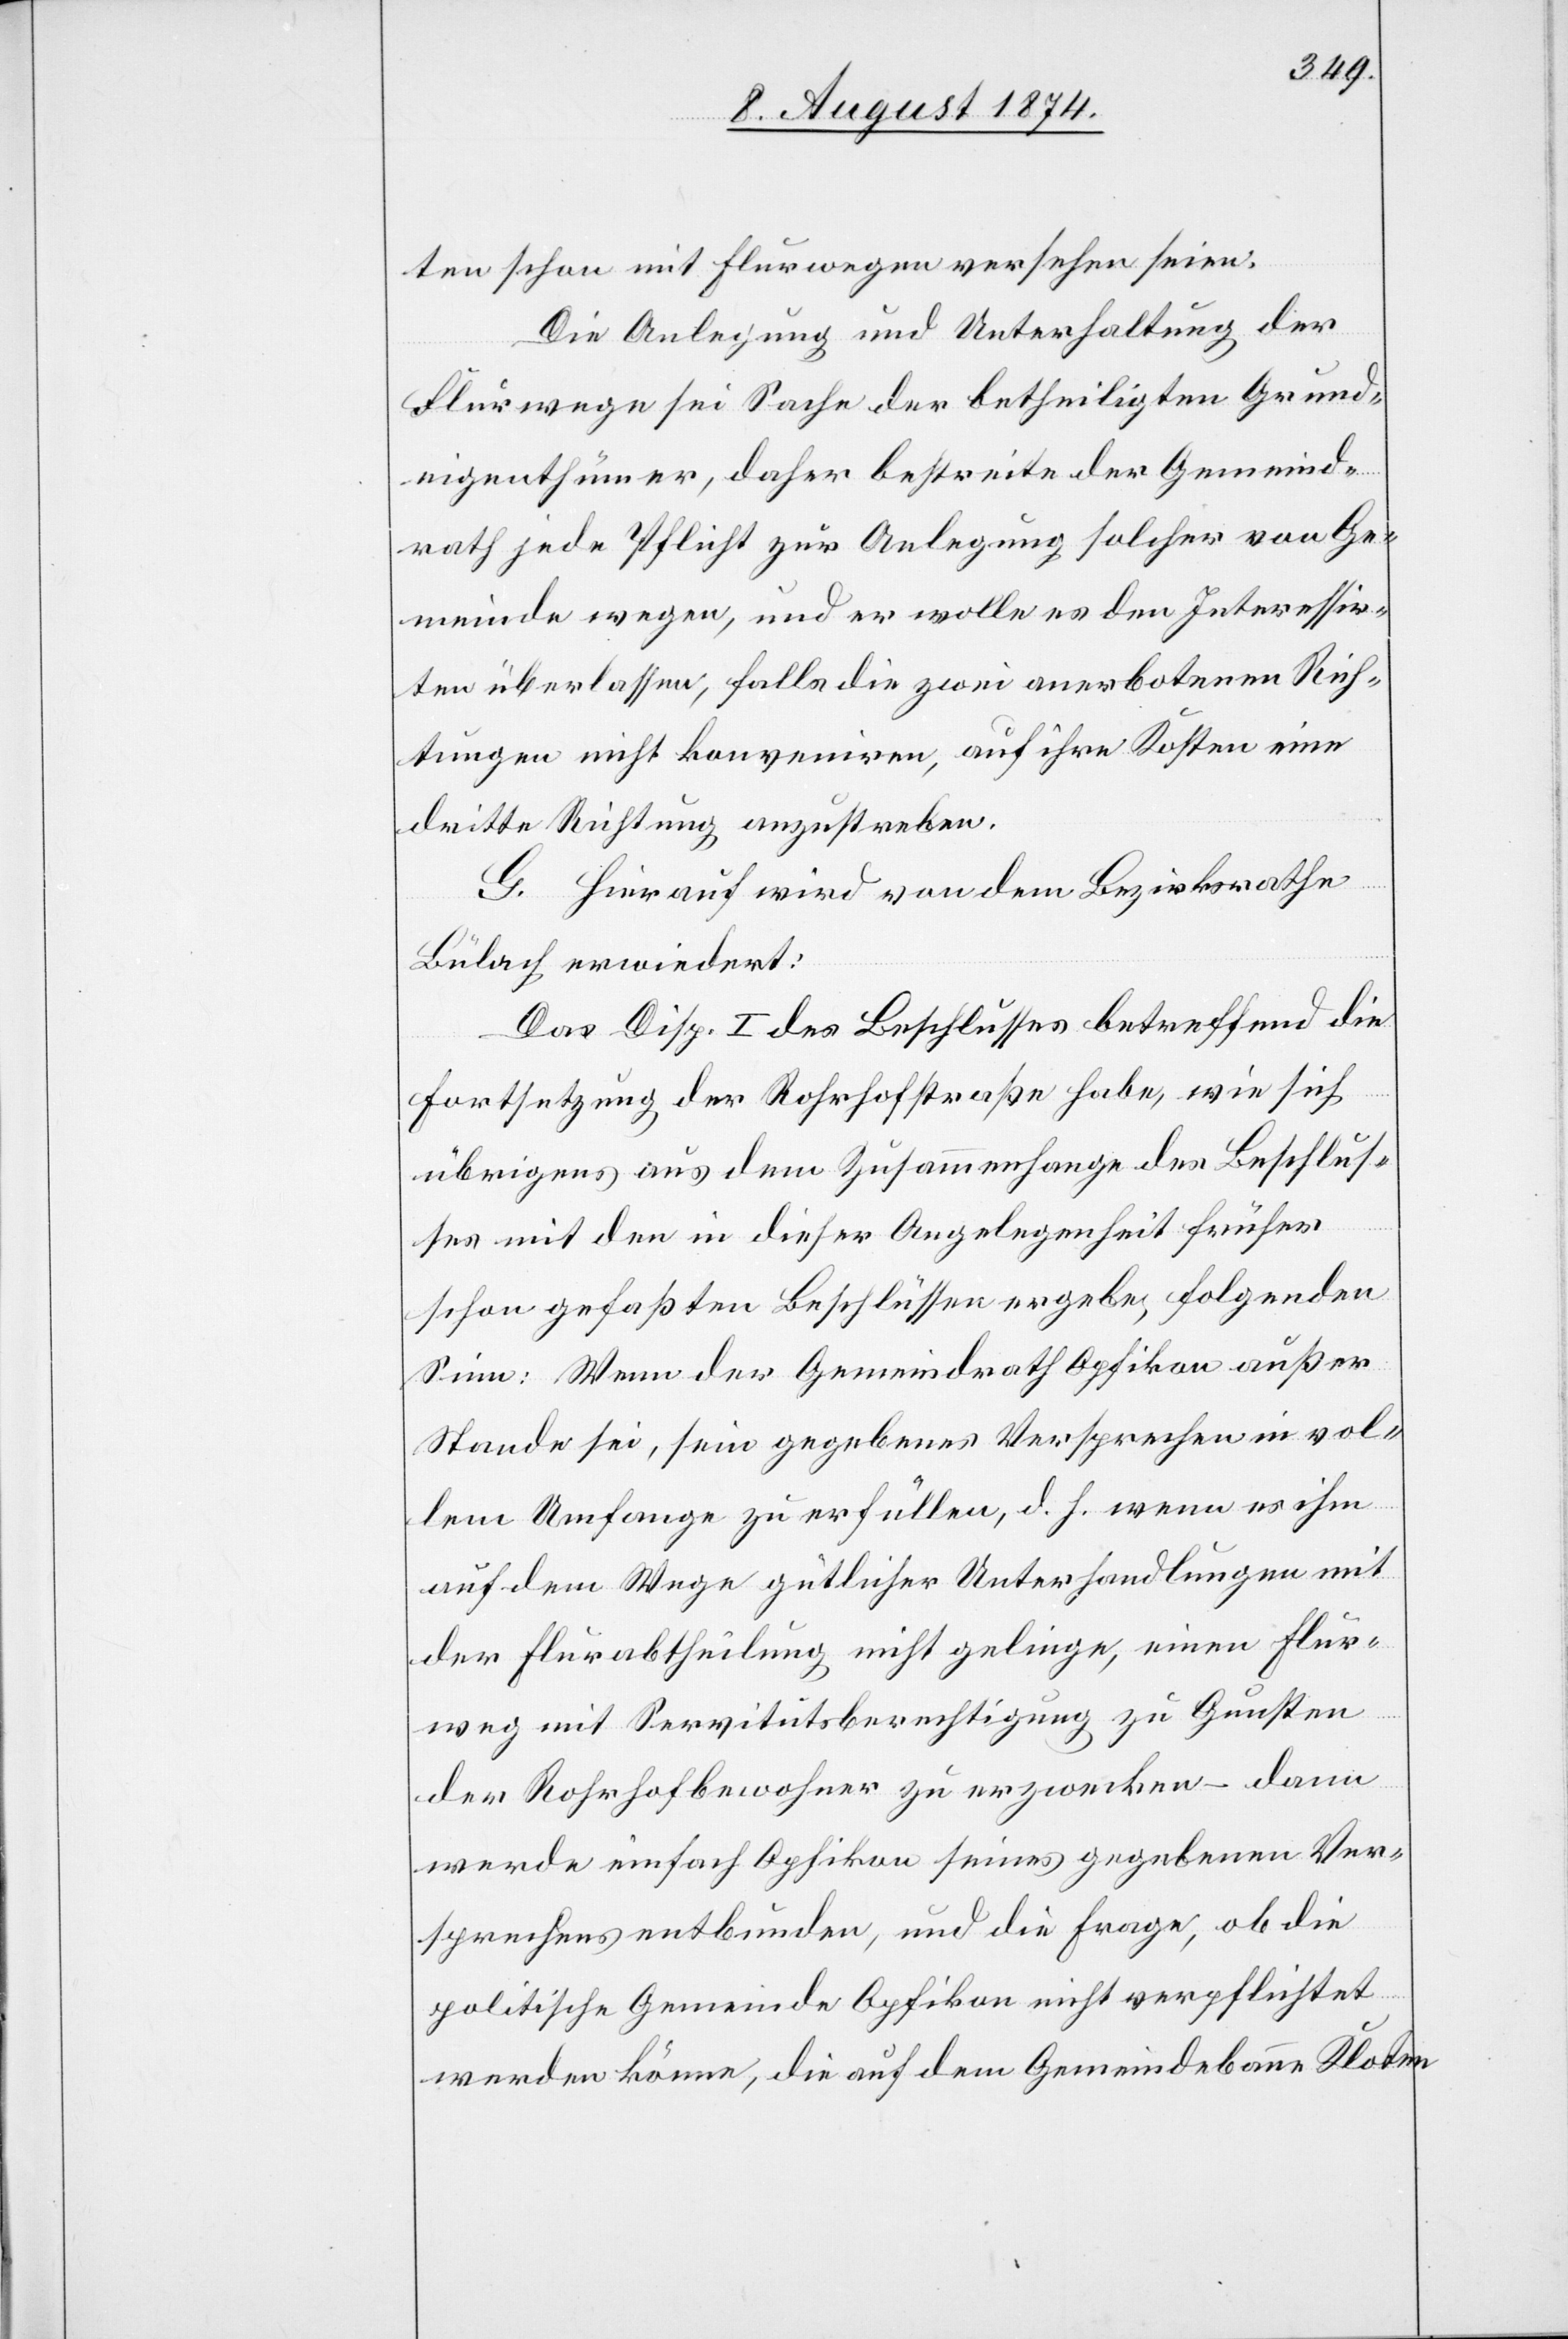
ten schon mit Flurwegen versehen seien.
Die Anlegung und Unterhaltung der
Flurwege sei Sache der betheiligten Grunde¬
igenthümer, daher bestreite der Gemeind¬
rath jede Pflicht zur Anlegung solcher von Ge¬
meinde wegen, und er wolle es den Interessir¬
ten überlassen, falls die zwei anerbotenen Rich¬
tungen nicht konveniren, auf ihre Kosten eine
dritte Richtung anzustreben.
G. Hierauf wird von dem Bezirksrathe
Bülach erwiedert:
Das Disp. I des Beschlusses betreffend die
Fortsetzung der Rohrhofstraße habe, wie sich
übrigens aus dem Zusammenhange des Beschlus¬
ses mit den in dieser Angelegenheit früher
schon gefaßten Beschlüssen ergebe, folgenden
Sinn: Wenn der Gemeindrath Opfikon außer
Stande sei, sein gegebenes Versprechen in vol¬
lem Umfange zu erfüllen, d. h. wenn es ihm
auf dem Wege gütlicher Unterhandlungen mit
der Flurabtheilung nicht gelinge, einen Flur¬
weg mit Servitutsberechtigung zu Gunsten
der Rohrhofbewohner zu erzwecken – dann
werde einfach Opfikon seines gegebenen Ver¬
sprechens entbunden, und die Frage, ob die
politische Gemeinde Opfikon nicht verpflichtet
werden könne, die auf dem Gemeindebanne Kloten